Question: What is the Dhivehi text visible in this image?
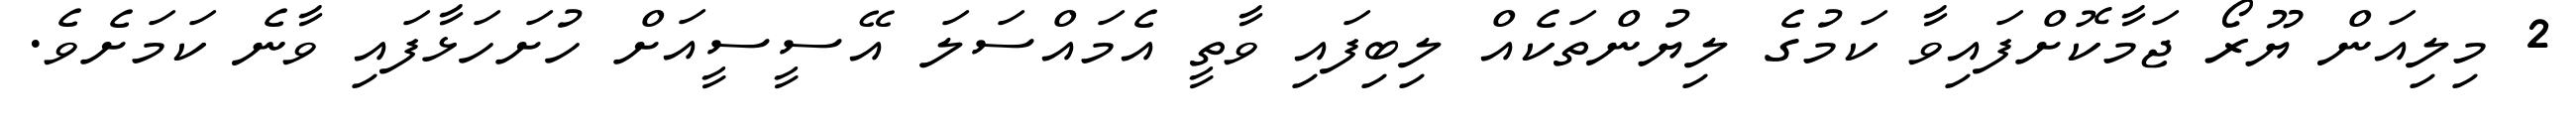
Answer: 2 މިލިއަން ޔޫރޯ ޖަމާކޮށްފައިވާ ކަމުގެ ލިޔުންތަކެއް ލިބިފައި ވާތީ އެމައްސަލަ އޭސީސީއަށް ހުށަހަޅާފައި ވާނެ ކަމަށެވެ.